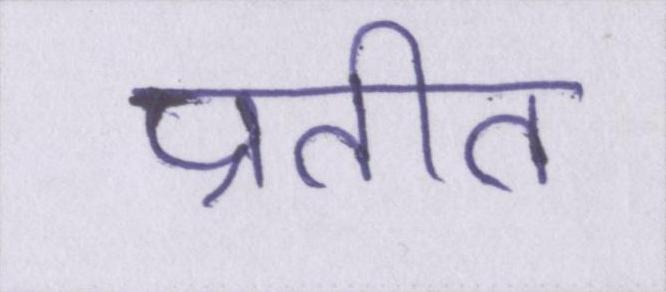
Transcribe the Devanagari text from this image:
प्रतीत